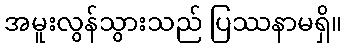
အမူးလွန်သွားသည် ပြဿနာမရှိ။